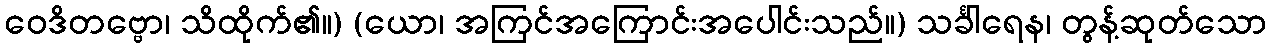
ဝေဒိတဗ္ဗော၊ သိထိုက်၏။) (ယော၊ အကြင်အကြောင်းအပေါင်းသည်။) သင်္ခါရေန၊ တွန့်ဆုတ်သော